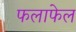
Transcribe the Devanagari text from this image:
फलाफेल